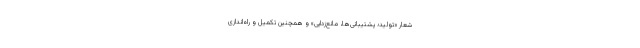
شعار «تولید؛ پشتیبانی‌ها، مانع‌زدایی» و همچنین تکمیل و راه‌اندازی